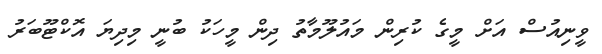
ވީނިއުސް އަށް މީގެ ކުރިން މައުލޫމާތު ދިން މީހަކު ބުނީ މިދިޔަ އޮކްޓޫބަރު